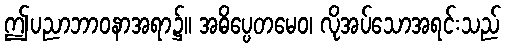
ဤပညာဘာဝနာအရာ၌။ အဓိပ္ပေတမေဝ၊ လိုအပ်သောအရင်းသည်